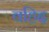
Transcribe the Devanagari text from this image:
वहिद